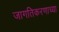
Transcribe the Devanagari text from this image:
जागतिकरणाच्या